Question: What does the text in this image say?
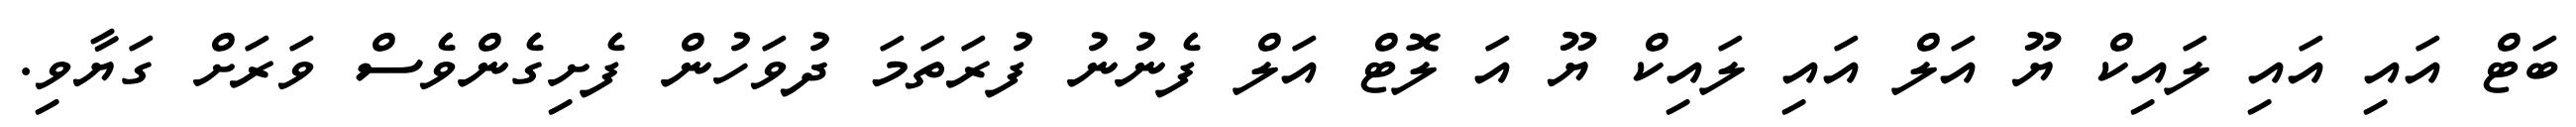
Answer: ބަޓް އައި އައި ލައިކް ޔޫ އަލް އައި ލައިކް ޔޫ އަ ލޮޓް އަލް ފެނުނު ފުރަތަމަ ދުވަހުން ފެށިގެންވެސް ވަރަށް ގަޔާވި.